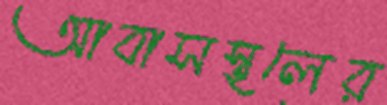
আবাসস্থলের